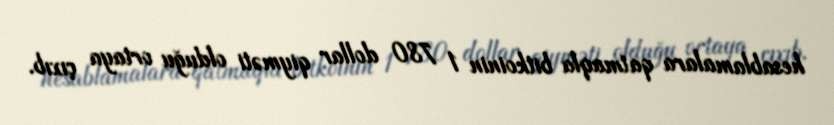
hesablamalara qatmaqla bitkoinin 1 780 dollar qiyməti olduğu ortaya çıxıb.